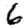
Digit: 6